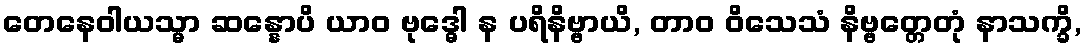
တေနေဝါယသ္မာ ဆန္နောပိ ယာဝ ဗုဒ္ဓေါ န ပရိနိဗ္ဗာယိ, တာဝ ဝိသေသံ နိဗ္ဗတ္တေတုံ နာသက္ခိ,